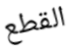
القطع